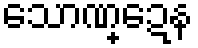
သောဏ္ဍေန